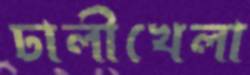
ঢালীখেলা